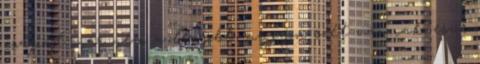
csapat már nem a legjobb, nagyon szét vannak esve